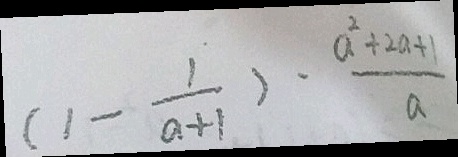
( 1 - \frac { 1 } { a + 1 } ) \cdot \frac { a ^ { 2 } + 2 a + 1 } { a }